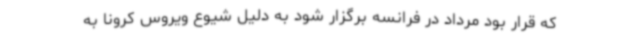
که قرار بود مرداد در فرانسه برگزار شود به دلیل شیوع ویروس کرونا به